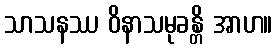
သာသနဿ ဝိနာသမုခန္တိ အာဟ။